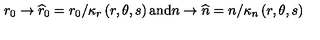
r _ { 0 } \rightarrow \widehat { r } _ { 0 } = r _ { 0 } / \kappa _ { r } \left( r , \theta , s \right) \mathrm { a n d } n \rightarrow \widehat { n } = n / \kappa _ { n } \left( r , \theta , s \right)